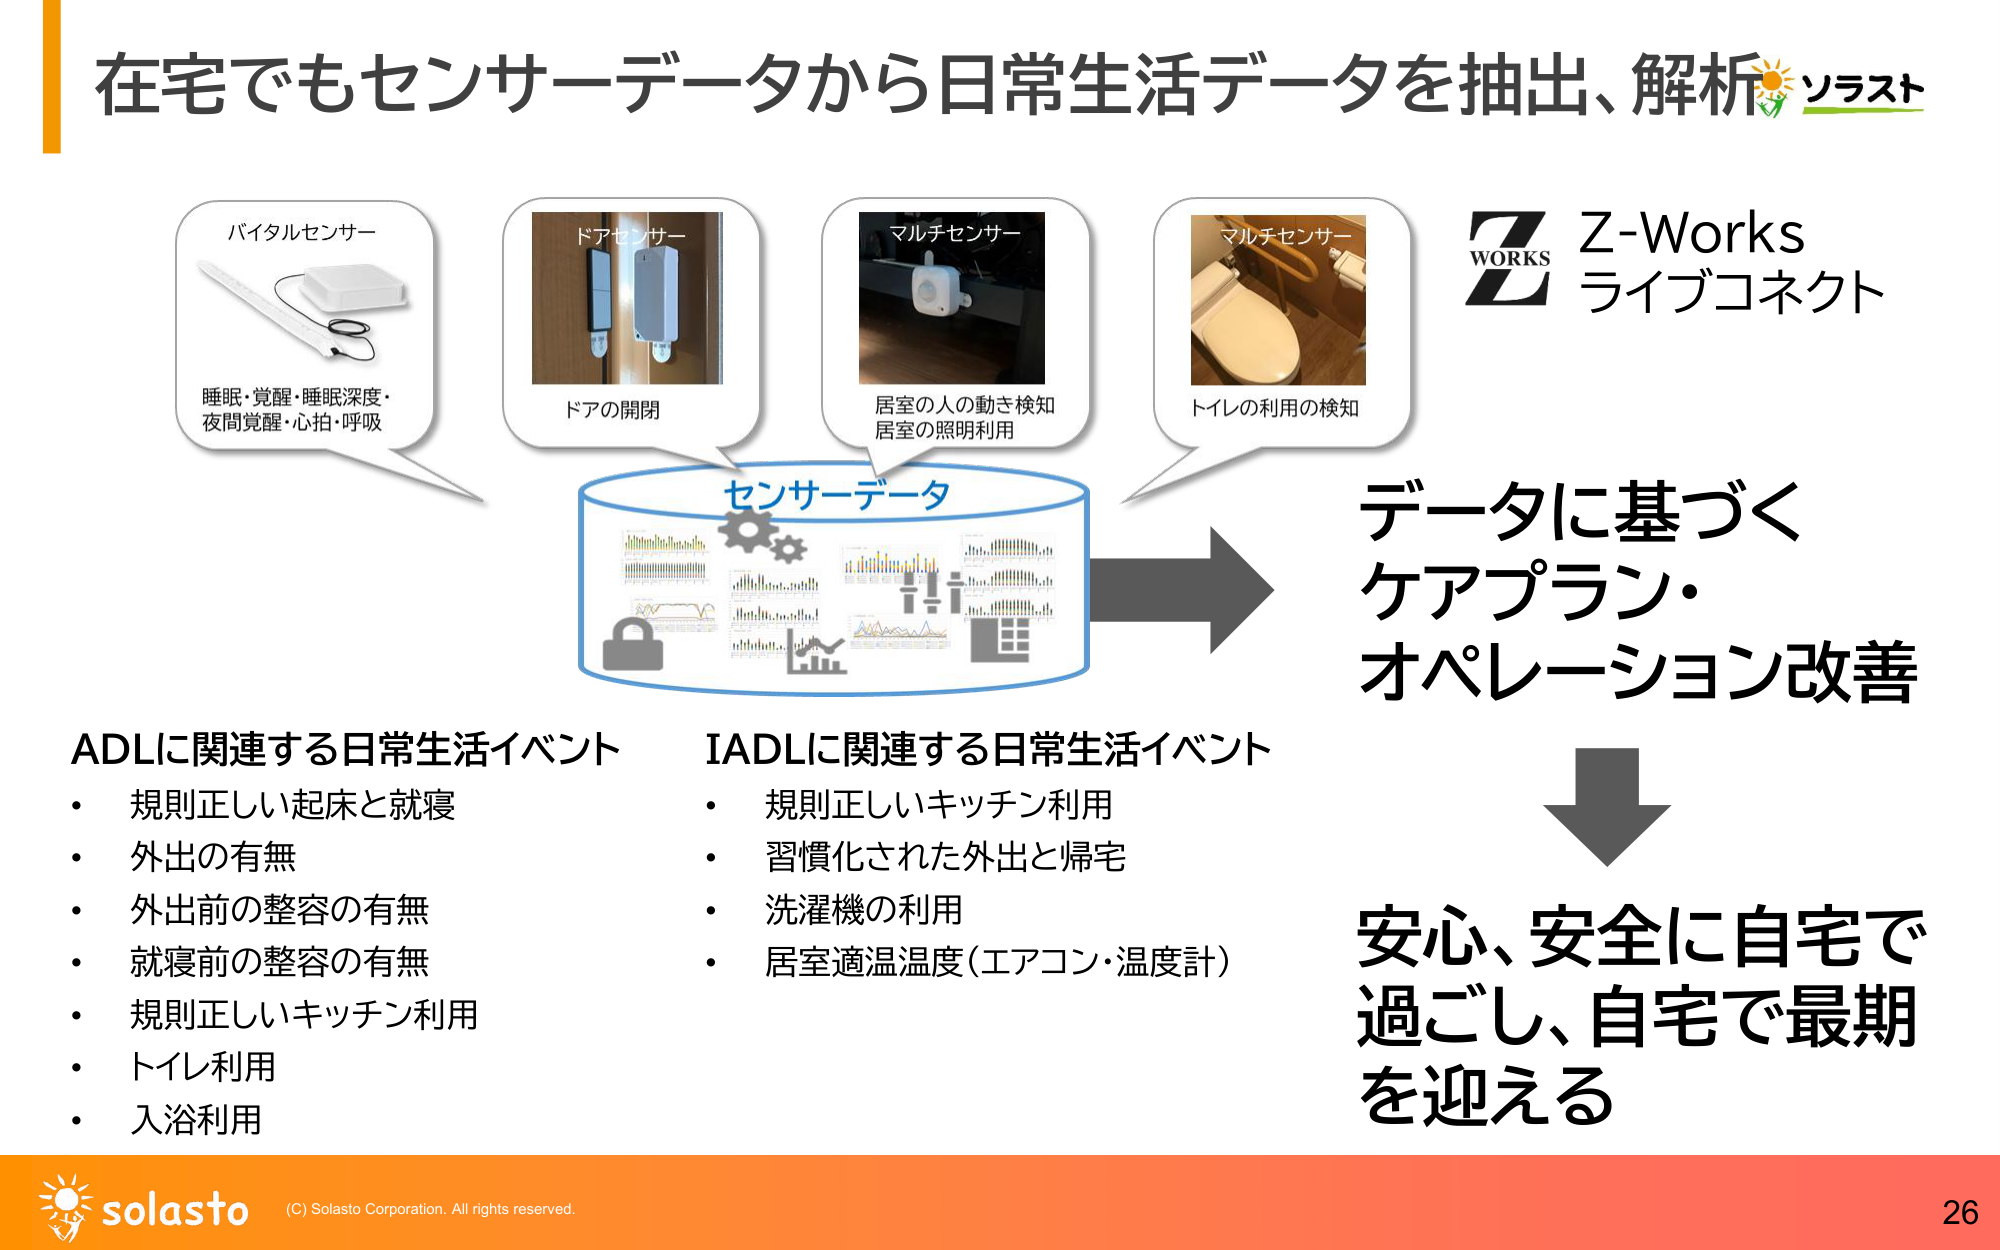
在宅でもセンサーデータから日常生活データを抽出、解析 ソラスト

バイタルセンサー
睡眠・覚醒・睡眠深度・
夜間覚醒・心拍・呼吸

ドアセンサー
ドアの開閉

マルチセンサー
居室の人の動き検知
居室の照明利用

マルチセンサー
トイレの利用の検知

Z-Works
ライブコネクト

センサーデータ

データに基づく
ケアプラン・
オペレーション改善

ADLに関連する日常生活イベント
・ 規則正しい起床と就寝
・ 外出の有無
・ 外出前の整容の有無
・ 就寝前の整容の有無
・ 規則正しいキッチン利用
・ トイレ利用
・ 入浴利用

IADLに関連する日常生活イベント
・ 規則正しいキッチン利用
・ 習慣化された外出と帰宅
・ 洗濯機の利用
・ 居室適温温度（エアコン・温度計）

安心、安全に自宅で
過ごし、自宅で最期
を迎える

solasto (C) Solasto Corporation. All rights reserved.
26